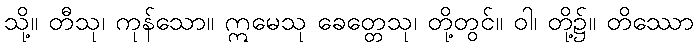
သို့။ တီသု၊ ကုန်သော။ ဣမေသု ခေတ္တေသု၊ တို့တွင်။ ဝါ၊ တို့၌။ တိဿော